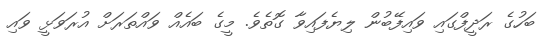
ބަހުގެ ރަދީފްގައި ވައިފޭބުން ލިޔެފައިވާ ގޮތެވެ. މީގެ ބައެއް ވައްތަރަށް އުރަވަޅީ ވައި